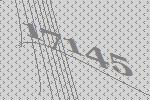
17145